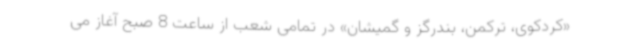
«کردکوی، ترکمن، بندرگز و گمیشان» در تمامی شعب از ساعت 8 صبح آغاز می